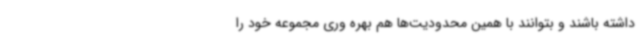
داشته باشند و بتوانند با همین محدودیت‌ها هم بهره وری مجموعه خود را